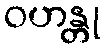
ဝဟန္တု